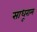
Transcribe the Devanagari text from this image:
साधूराम